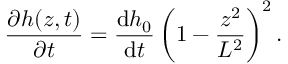
\frac { \partial h ( z , t ) } { \partial t } = \frac { \mathrm { d } h _ { 0 } } { \mathrm { d } t } \left( 1 - \frac { z ^ { 2 } } { L ^ { 2 } } \right) ^ { 2 } .